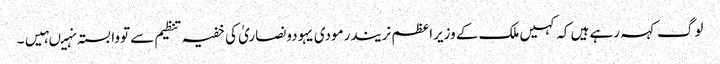
لوگ کہہ رہے ہیں کہ کہیں ملک کے وزیراعظم نریندرمودی یہودونصاریٰ کی خفیہ تنظیم سے تووابستہ نہیںہیں۔